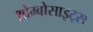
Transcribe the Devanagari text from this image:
थ्रोम्बोसाइट्स